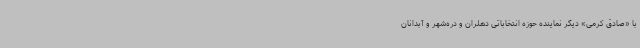
با «صادق کرمی» دیگر نماینده حوزه انتخاباتی دهلران و دره‌شهر و آبدانان